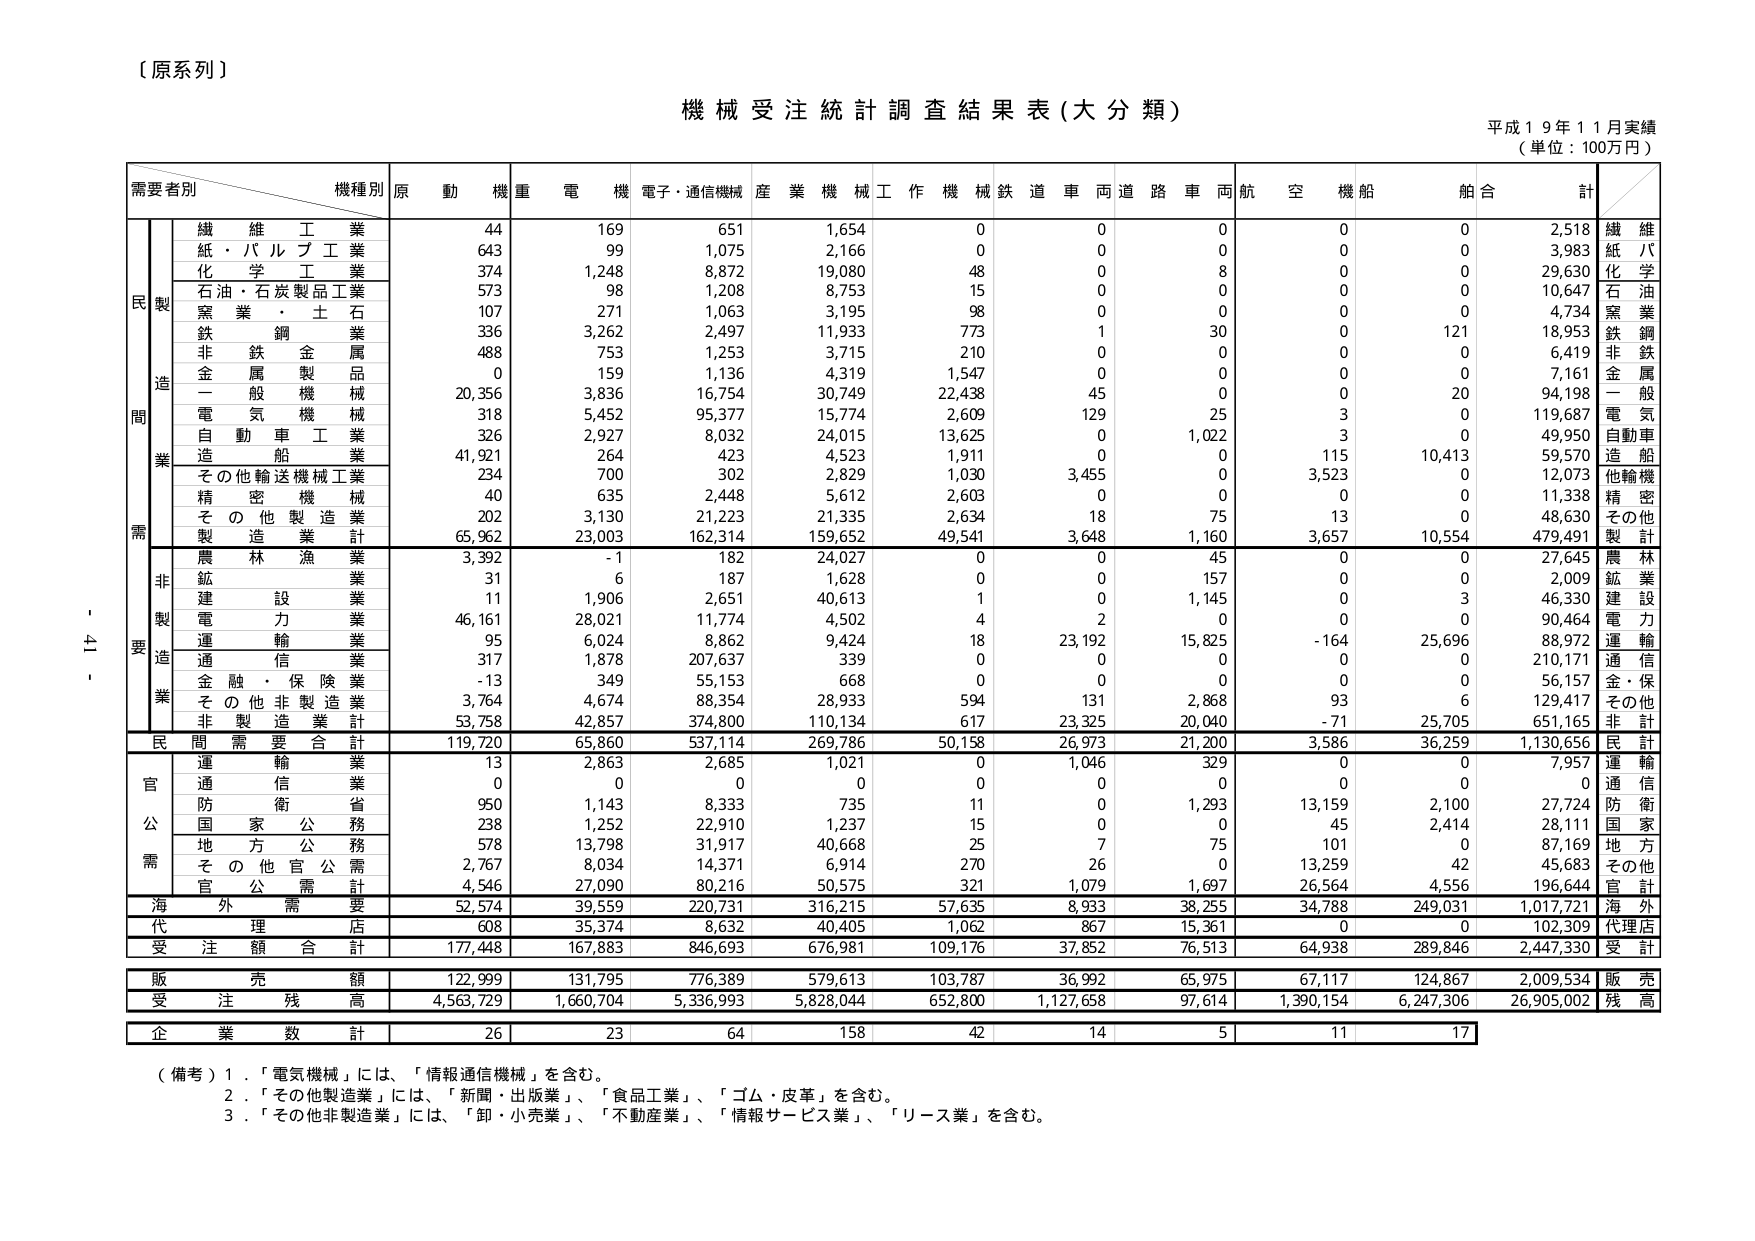
〔原系列〕

機械受注統計調査結果表（大分類）
平成１９年１１月実績
（単位：100万円）

需要者別　　　　　　機種別　原　動　機　重　電　機　電子・通信機械　産　業　機　械　工　作　機　械　鉄　道　車　両　道　路　車　両　航　空　機　船　舶　合　計

民　製　　　　　　　繊　維　工　業　　　　　44　　　169　　　651　　　1,654　　　0　　　0　　　0　　　0　　　0　　　2,518　繊　維
　　　　　　　　　紙・パルプ工業　　　　　643　　　99　　　1,075　　　2,166　　　0　　　0　　　0　　　0　　　0　　　3,983　紙　パ
　　　　　　　　　化　学　工　業　　　　　374　　　1,248　　　8,872　　　19,080　　　48　　　0　　　8　　　0　　　0　　　29,630　化　学
　　　　　　　　　石油・石炭製品工業　　　573　　　98　　　1,208　　　8,753　　　15　　　0　　　0　　　0　　　0　　　10,647　石　油
　　　　　　　　　窯　業　・　土　石　　　107　　　271　　　1,063　　　3,195　　　98　　　0　　　0　　　0　　　0　　　4,734　窯　業
　　　　　　　　　鉄　鋼　業　　　　　　　336　　　3,262　　　2,497　　　11,933　　　773　　　1　　　30　　　0　　　121　　　18,953　鉄　鋼
　　　　　　　　　非　鉄　金　属　　　　　488　　　753　　　1,253　　　3,715　　　210　　　0　　　0　　　0　　　0　　　6,419　非　鉄
　　　　　　　　　金　属　製　品　　　　　0　　　159　　　1,136　　　4,319　　　1,547　　　0　　　0　　　0　　　0　　　7,161　金　属
　　　　　　　　　一　般　機　械　　　　　20,356　　　3,836　　　16,754　　　30,749　　　22,438　　　45　　　0　　　0　　　20　　　94,198　一　般
　　　　　　　　　電　気　機　械　　　　　318　　　5,452　　　95,377　　　15,774　　　2,609　　　129　　　25　　　3　　　0　　　119,687　電　気
　　　　　　　　　自　動　車　工　業　　　326　　　2,927　　　8,032　　　24,015　　　13,625　　　0　　　1,022　　　3　　　0　　　49,950　自動車
　　　　　　　　　造　船　業　　　　　　　41,921　　　264　　　423　　　4,523　　　1,911　　　0　　　0　　　115　　　10,413　　　59,570　造船
　　　　　　　　　その他輸送機械工業　　　234　　　700　　　302　　　2,829　　　1,030　　　3,455　　　0　　　3,523　　　0　　　12,073　他輸機
　　　　　　　　　精　密　機　械　　　　　40　　　635　　　2,448　　　5,612　　　2,603　　　0　　　0　　　0　　　0　　　11,338　精　密
　　　　　　　　　そ　の　他　製　造　業　202　　　3,130　　　21,223　　　21,335　　　2,634　　　18　　　75　　　13　　　0　　　48,630　その他
　　　　　　　　　製　造　業　計　　　　65,962　　　23,003　　　162,314　　　159,652　　　49,541　　　3,648　　　1,160　　　3,657　　　10,554　　　479,491　製　計

　　　　　　　　　農　林　漁　業　　　　　3,392　　　-1　　　182　　　24,027　　　0　　　0　　　45　　　0　　　0　　　27,645　農　林
　　　　　　　　　鉱　業　　　　　　　　　31　　　6　　　187　　　1,628　　　0　　　0　　　157　　　0　　　0　　　2,009　鉱　業
　　　　　　　　　建　設　業　　　　　　　11　　　1,906　　　2,651　　　40,613　　　1　　　0　　　1,145　　　0　　　3　　　46,330　建設
　　　　　　　　　電　力　業　　　　　　　46,161　　　28,021　　　11,774　　　4,502　　　4　　　2　　　0　　　0　　　0　　　90,464　電　力
　　　　　　　　　運　輸　業　　　　　　　95　　　6,024　　　8,862　　　9,424　　　18　　　23,192　　　15,825　　　-164　　　25,696　　　88,972　運　輸
　　　　　　　　　通　信　業　　　　　　　317　　　1,878　　　207,637　　　339　　　0　　　0　　　0　　　0　　　0　　　210,171　通信
　　　　　　　　　金　融　・　保　険　業　-13　　　349　　　55,153　　　668　　　0　　　0　　　0　　　0　　　0　　　56,157　金・保
　　　　　　　　　そ　の　他　非　製　造　業　3,764　　　4,674　　　88,354　　　28,933　　　594　　　131　　　2,868　　　93　　　6　　　129,417　その他
　　　　　　　　　非　製　造　業　計　　　53,758　　　42,857　　　374,800　　　110,134　　　617　　　23,325　　　20,040　　　-71　　　25,705　　　651,165　非　計

民　間　需　要　合　計　　　119,720　　　65,860　　　537,114　　　269,786　　　50,158　　　26,973　　　21,200　　　3,586　　　36,259　　　1,130,656　民　計

官　　　　　　　　　運　輸　業　　　　　　　13　　　2,863　　　2,685　　　1,021　　　0　　　1,046　　　329　　　0　　　0　　　7,957　運　輸
公　　　　　　　　　通　信　業　　　　　　　0　　　0　　　0　　　0　　　0　　　0　　　0　　　0　　　0　　　0　通信
需　　　　　　　　　防　衛　省　　　　　　　950　　　1,143　　　8,333　　　735　　　11　　　0　　　1,293　　　13,159　　　2,100　　　27,724　防　衛
　　　　　　　　　国　家　公　務　　　　　238　　　1,252　　　22,910　　　1,237　　　15　　　0　　　0　　　45　　　2,414　　　28,111　国家
　　　　　　　　　地　方　公　務　　　　　578　　　13,798　　　31,917　　　40,668　　　25　　　7　　　75　　　101　　　0　　　87,169　地　方
　　　　　　　　　そ　の　他　官　公　需　2,767　　　8,034　　　14,371　　　6,914　　　270　　　26　　　0　　　13,259　　　42　　　45,683　その他
　　　　　　　　　官　公　需　計　　　　4,546　　　27,090　　　80,216　　　50,575　　　321　　　1,079　　　1,697　　　26,564　　　4,556　　　196,644　官　計

海　外　需　要　　　52,574　　　39,559　　　220,731　　　316,215　　　57,635　　　8,933　　　38,255　　　34,788　　　249,031　　　1,017,721　海外

代　理　店　　　　　608　　　35,374　　　8,632　　　40,405　　　1,062　　　867　　　15,361　　　0　　　0　　　102,309　代理店

受　注　額　合　計　　177,448　　　167,883　　　846,693　　　676,981　　　109,176　　　37,852　　　76,513　　　64,938　　　289,846　　　2,447,330　受　計

販　売　額　　　　　122,999　　　131,795　　　776,389　　　579,613　　　103,787　　　36,992　　　65,975　　　67,117　　　124,867　　　2,009,534　販　売

受　注　残　高　　　4,563,729　　　1,660,704　　　5,336,993　　　5,828,044　　　652,800　　　1,127,658　　　97,614　　　1,390,154　　　6,247,306　　　26,905,002　残　高

企　業　数　計　　　　26　　　23　　　64　　　158　　　42　　　14　　　5　　　11　　　17

（備考）1．「電気機械」には、「情報通信機械」を含む。
　　　2．「その他製造業」には、「新聞・出版業」、「食品工業」、「ゴム・皮革」を含む。
　　　3．「その他非製造業」には、「卸・小売業」、「不動産業」、「情報サービス業」、「リース業」を含む。

- 41 -